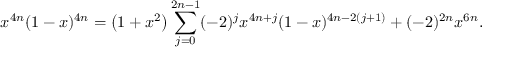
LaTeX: x ^ { 4 n } ( 1 - x ) ^ { 4 n } = \left( 1 + x ^ { 2 } \right) \sum _ { j = 0 } ^ { 2 n - 1 } ( - 2 ) ^ { j } x ^ { 4 n + j } ( 1 - x ) ^ { 4 n - 2 ( j + 1 ) } + ( - 2 ) ^ { 2 n } x ^ { 6 n } .